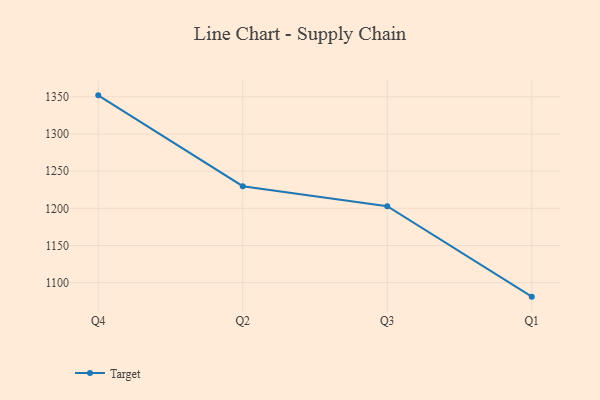
{"axis": {"x": "Quarter", "y": "Market Share (%)"}, "legend": ["Target"], "data": [{"x": "Q4", "y": 1352.0, "type": "Target"}, {"x": "Q2", "y": 1229.8, "type": "Target"}, {"x": "Q3", "y": 1202.8, "type": "Target"}, {"x": "Q1", "y": 1081.2, "type": "Target"}]}